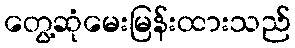
တွေ့ဆုံမေးမြန်းထားသည်